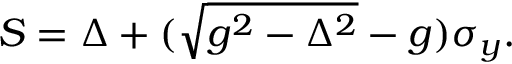
\begin{array} { r } { S = \Delta + ( \sqrt { g ^ { 2 } - \Delta ^ { 2 } } - g ) \sigma _ { y } . } \end{array}